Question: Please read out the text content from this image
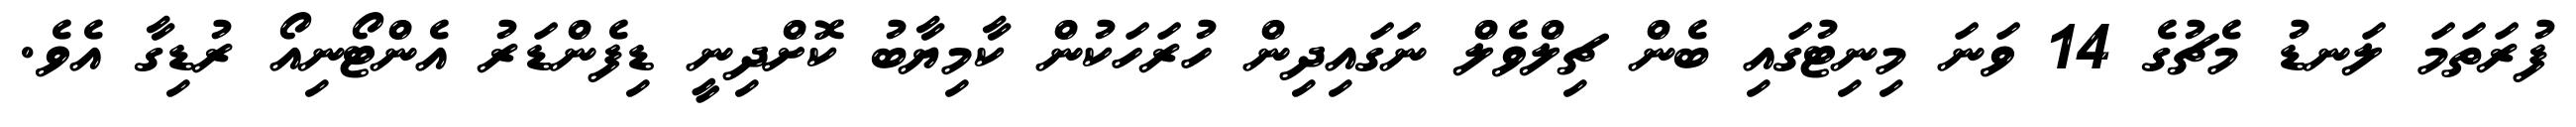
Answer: ފުރަތަމަ ލަނޑު މެޗުގެ 14 ވަނަ މިނިޓުގައި ބެން ޗިލްވެލް ނަގައިދިން ހުރަހަކުން ކާމިޔާބު ކޮށްދިނީ ޑިފެންޑަރު އެންޓޯނިއޯ ރުޑިގާ އެވެ.